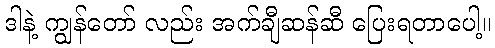
ဒါနဲ့ ကျွန်တော် လည်း အက်ချီဆန်ဆီ ပြေးရတာပေါ့။